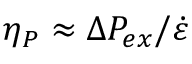
\eta _ { P } \approx \Delta P _ { e x } / \dot { \varepsilon }